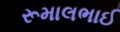
રૂમાલભાઈ